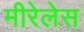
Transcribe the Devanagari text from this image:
मीरेलेस